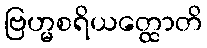
ဗြဟ္မစရိယတ္ထောတိ